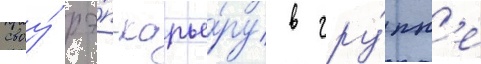
своу́ рэ́п-карье́ру в гру́пп'е